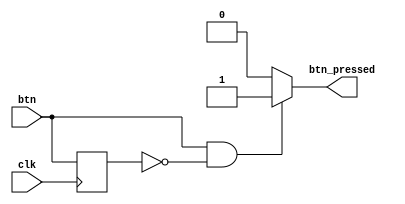
`timescale 1ns / 1ps
//////////////////////////////////////////////////////////////////////////////////
// Company: 
// Engineer: 
// 
// Design Name: 
// Module Name: button_pressed
// Project Name: 
// Target Devices: 
// Tool Versions: 
// Description: 
// 
// Dependencies: 
// 
// Revision:
// Revision 0.01 - File Created
// Additional Comments:
// 
//////////////////////////////////////////////////////////////////////////////////


module button_pressed(
    input wire clk,
    input wire btn,
    output reg btn_pressed
    );
    
    reg btn_prev;
    always @(posedge clk) begin
        btn_prev <= btn;
    end
    
    always @(*) begin
        if (btn && (!btn_prev)) btn_pressed = 1;
        else btn_pressed = 0;
    end
    
endmodule